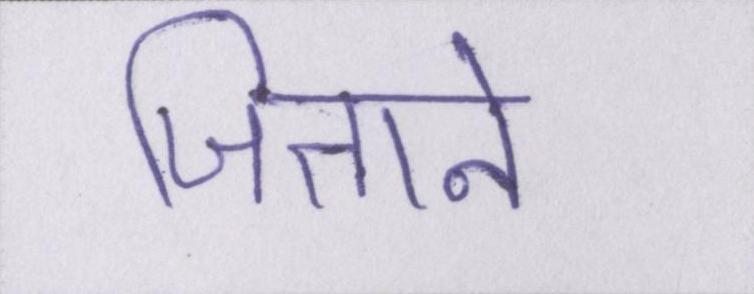
जिताने